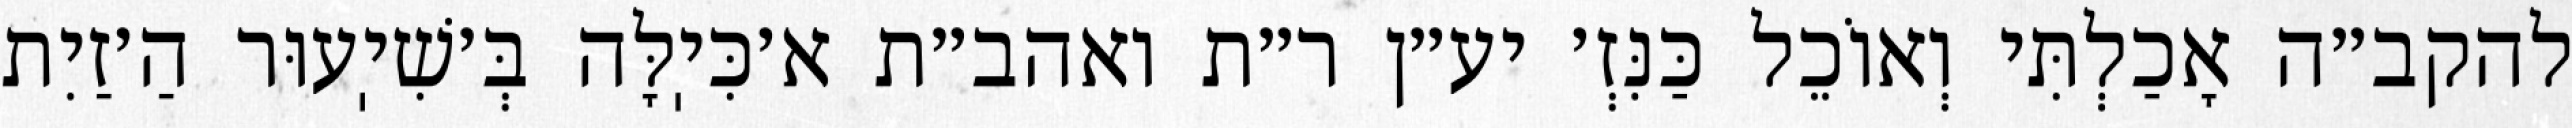
להקב״ה אָכַלְתִּי וְאוֹכֵל כַּנִּזְ׳ יע״ן ר״ת ואהב״ת א׳כִּיֽלָּה בְּ׳שִׁיֽעוּר הַ׳זַיִת